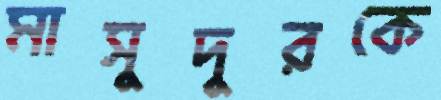
মাসুদুরকে